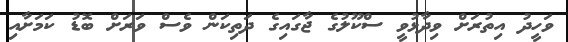
ވަހީދު އިތުރަށް ވިދާޅުވީ ސްކޫލުގެ ޖާގައިގެ ދަތިކަން ވެސް ވަރަށް ބޮޑު ކަމަށާއި